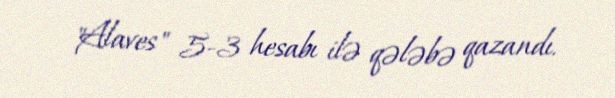
"Alaves" 5-3 hesabı ilə qələbə qazandı.